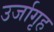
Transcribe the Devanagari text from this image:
उर्जागृह